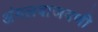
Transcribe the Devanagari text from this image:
अंमलबाजवणी